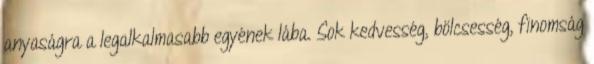
anyaságra a legalkalmasabb egyének lába. Sok kedvesség, bölcsesség, finomság